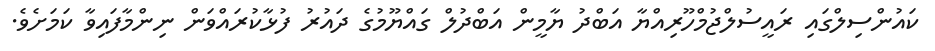
ކައުންސިލްގައި ރައީސުލްޖުމްހޫރިއްޔާ އަބްދު ޔާމީން އަބްދުލް ގައްޔޫމުގެ ދައުރު ފުޅާކުރައްވަން ނިންމާފައިވާ ކަމަށެވެ.